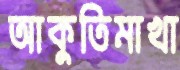
আকুতিমাখা